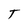
Character: T